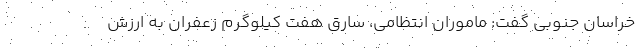
خراسان جنوبی گفت: ماموران انتظامی، سارق هفت کیلوگرم زعفران به ارزش